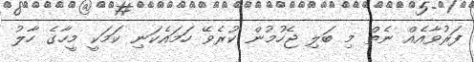
ފަރުވާއެއް ނެތް މި ބަލި ޖެހުމުން ކުރެވޭ ހަމައެކަނި ކަމަކީ މީހާގެ ހާލު